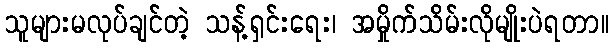
သူများမလုပ်ချင်တဲ့ သန့်ရှင်းရေး၊ အမှိုက်သိမ်းလိုမျိုးပဲရတာ။